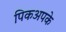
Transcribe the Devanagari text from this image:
पिकअपके